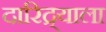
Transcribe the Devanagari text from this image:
दारिद्र्याला